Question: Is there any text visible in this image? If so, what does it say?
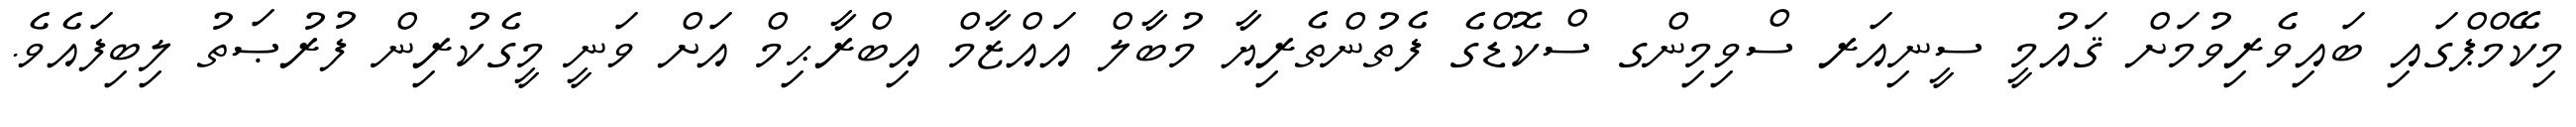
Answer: މިކޭމްޕްގައި ބައިވެރިވުމަށް ޤައުމީ ސީނިއަރ ސްވިމިންގ ސްކޮޑްގެ ފެތުންތެރިޔާ މުބާލް އައްޒާމް އިބްރާޙިމް އަށް ވަނީ މީގެކުރިން ފުރުޞަތު ލިބިފައެވެ.